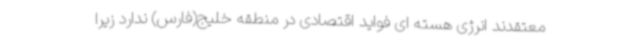
معتقدند انرژی هسته ای فواید اقتصادی در منطقه خلیج(فارس) ندارد زیرا